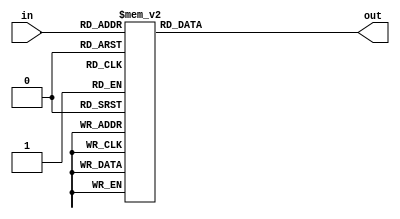
module LCD_decoder(
	input [3:0] in,
	output [7:0] out
);

	reg [7:0] seg_reg;
	assign out = seg_reg;
 
	always@(*) begin
		case(in)
			 0: seg_reg = "0";
			 1: seg_reg = "1";
			 2: seg_reg = "2";
			 3: seg_reg = "3";
			 4: seg_reg = "4";
			 5: seg_reg = "5";
			 6: seg_reg = "6";
			 7: seg_reg = "7";
			 8: seg_reg = "8";
			 9: seg_reg = "9";
			10: seg_reg = "A";
			11: seg_reg = "B";
			12: seg_reg = "C";
			13: seg_reg = "D";
			14: seg_reg = "E";
			15: seg_reg = "F";
			default: seg_reg = "_";
		endcase
	end
endmodule